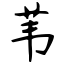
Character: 苇